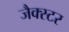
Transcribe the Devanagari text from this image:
जैक्स्टर